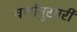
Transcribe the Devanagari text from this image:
वर्णानुसारी